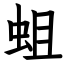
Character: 蛆